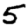
Digit: 5